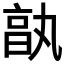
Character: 𠅩